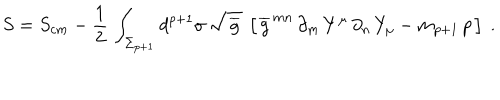
S = S _ { c m } - { \frac { 1 } { 2 } } \, \int _ { \Sigma _ { p + 1 } } d ^ { p + 1 } \sigma \, \sqrt { \, \overline { { g } } \, } \, \left[ \, \overline { { { g } } } ^ { \, m n } \, \partial _ { m } \, Y ^ { \mu } \, \partial _ { n } \, Y _ { \mu } - m _ { p + 1 } \, p \, \right] \ .